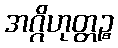
အဂ္ဂိဟုတ္တဉ္စ